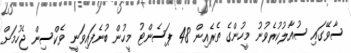
ސާވޭގައި ސުއާލުކުރެވުނު މީހުންގެ ތެރެއިން 48 ޕަސެންޓު މީހުން ބުނެފައިވަނީ ވެކްސިން ޖެހުމަށް